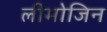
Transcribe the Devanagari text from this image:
लीमोजिन